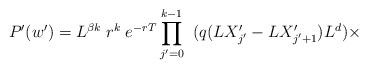
LaTeX: \begin{align*}P'(w')=L^{\beta k}\;r^{k}\;e^{-rT}\prod^{k-1}_{j'=0}\;\;(q(LX'_{j'}-LX'_{j'+1})L^d)\times\end{align*}